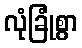
လုံခြုံစွာ